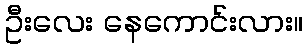
ဦးလေး နေကောင်းလား။